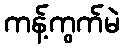
ကန့်ကွက်မဲ